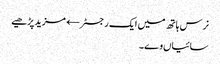
نرس ہاتھ میں ایک رجسٹر← مزید پڑھیے
سائیاں وے۔